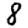
Digit: 8